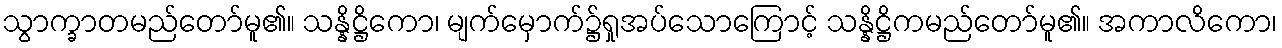
သွာက္ခာတမည်တော်မူ၏။ သန္နိဋ္ဌိကော၊ မျက်မှောက်၌ရှုအပ်သောကြောင့် သန္နိဋ္ဌိကမည်တော်မူ၏။ အကာလိကော၊